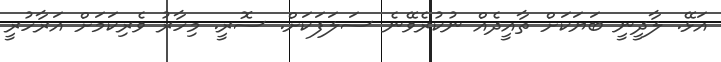
އަޅޭ. ލާދީނީ ބަޔަކަށް ތާއީދެއް ނުކުރެވޭނެ ސަލަފަކަށް. ސޮރީ. މިހާރު ވެރިކަމަށް އަރާހުރީ